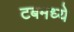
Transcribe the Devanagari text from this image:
टबमध्ये